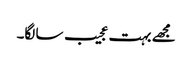
مجھے بہت عجیب سا لگا۔